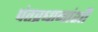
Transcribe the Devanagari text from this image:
पंतप्रधानांशी